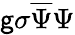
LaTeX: \mathsf{g}\sigma{\overline{{{\Psi}}}}\Psi